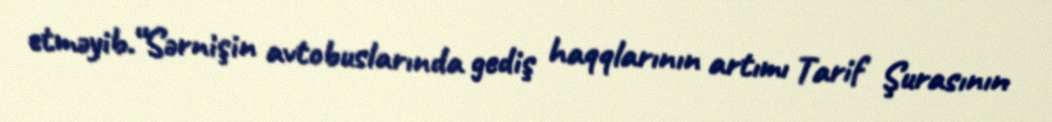
etməyib.“Sərnişin avtobuslarında gediş haqqlarının artımı Tarif Şurasının